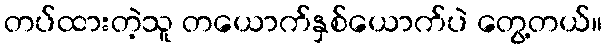
တပ်ထားတဲ့သူ တယောက်နှစ်ယောက်ပဲ တွေ့တယ်။